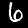
Label: 6